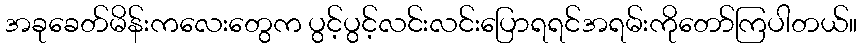
အခုခေတ်မိန်းကလေးတွေက ပွင့်ပွင့်လင်းလင်းပြောရရင်အရမ်းကိုတော်ကြပါတယ်။